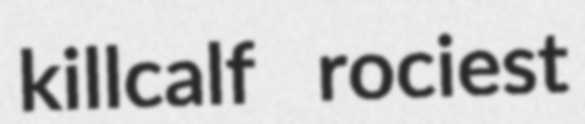
killcalf rociest